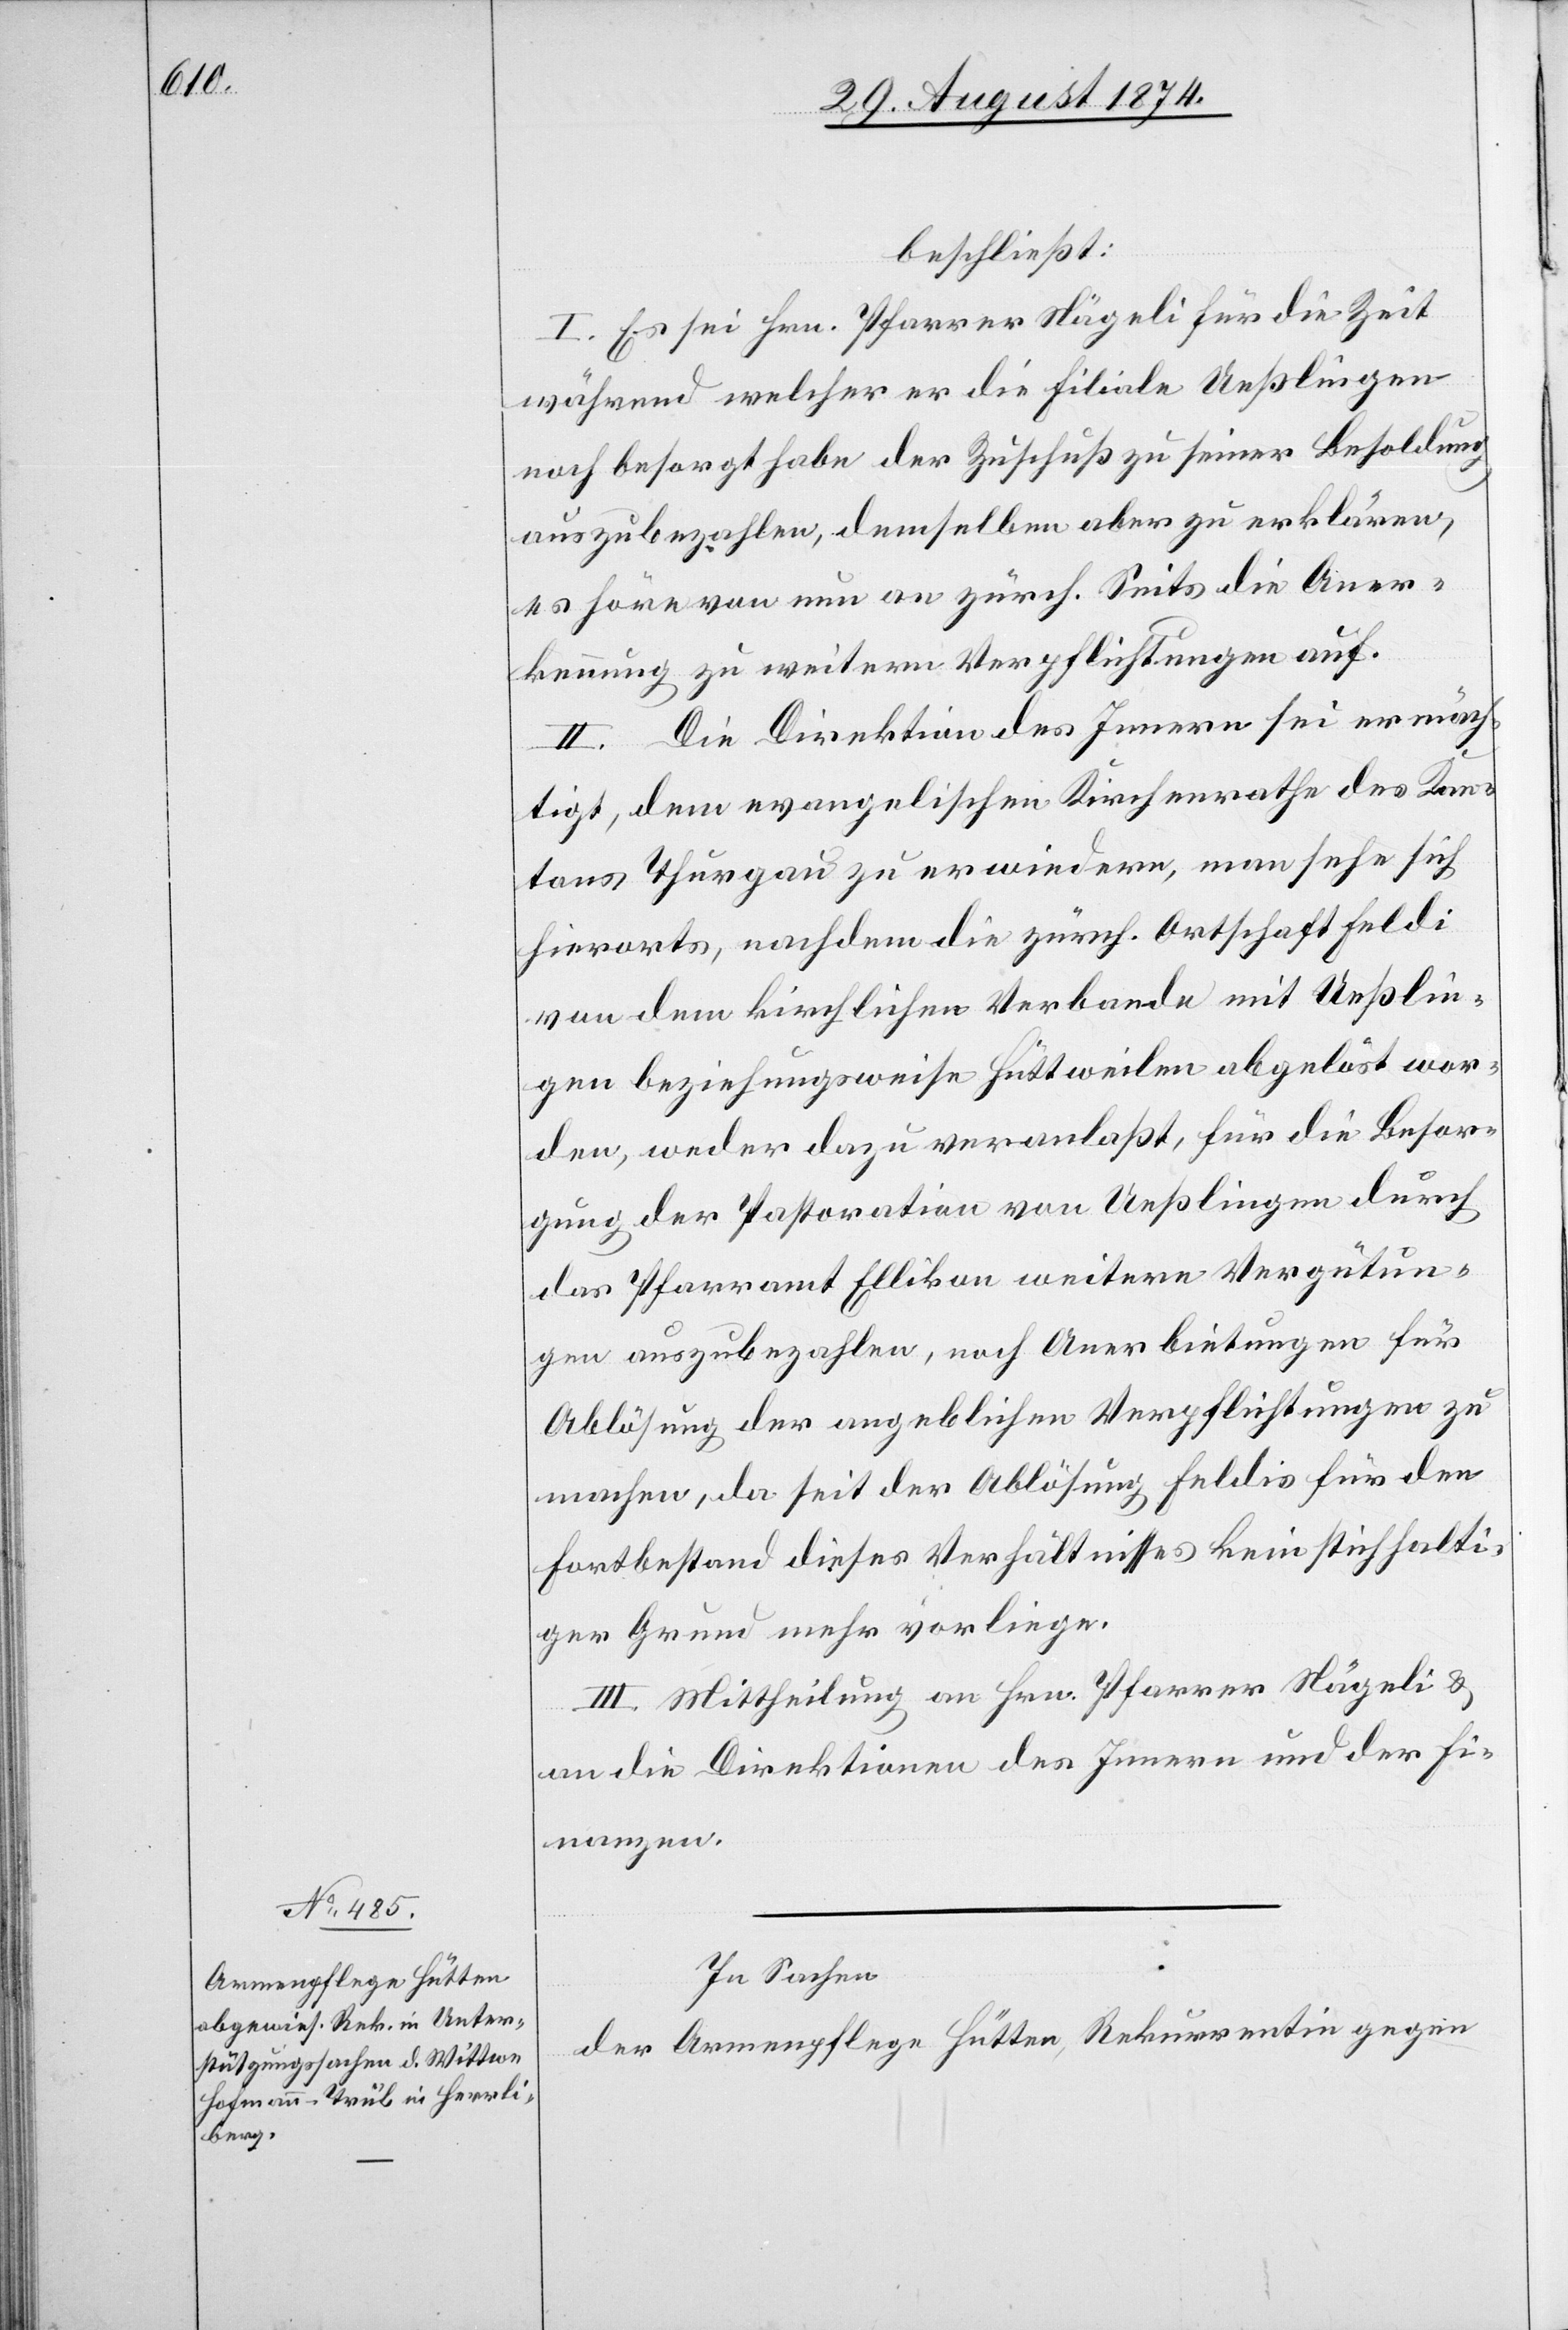
beschließt:
I. Es sei Hrn. Pfarrer Nägeli für die Zeit
während welcher er die Filiale Ueßlingen
noch besorgt habe der Zuschuß zu seiner Besoldung
auszubezahlen, demselben aber zu erklären,
es höre von nun an zürch. Seits die Aner¬
kennung zu weitern Verpflichtungen auf.
II. Die Direktion des Innern sei ermäch¬
tigt, dem evangelischen Kirchenrathe des Kan¬
tons Thurgau zu erwiedern, man sehe sich
hierorts, nachdem die zürch. Ortschaft Feldi
von dem kirchlichen Verbande mit Ueßlin¬
gen beziehungsweise Hüttweilen abgelöst wor¬
den, weder dazu veranlaßt, für die Besor¬
gung der Pastoration von Ueßlingen durch
das Pfarramt Ellikon weitere Vergütun¬
gen auszubezahlen, noch Anerbietungen für
Ablösung der angeblichen Verpflichtungen zu
machen, da seit der Ablösung Feldis für den
Fortbestand dieses Verhältnisses kein stichhalti¬
ger Grund mehr vorliege.
III. Mittheilung an Hrn. Pfarrer Nägeli u.
an die Direktionen des Innern und der Fi¬
nanzen.
In Sachen
der Armenpflege Hütten, Rekurrentin gegen